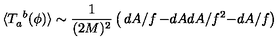
\langle T _ { a } ^ { \ b } ( \phi ) \rangle \sim \frac { 1 } { ( 2 M ) ^ { 2 } } \left( \begin{matrix} { d A / f } & { - d A } \\ { d A / f ^ { 2 } } & { - d A / f } \\ \end{matrix} \right)